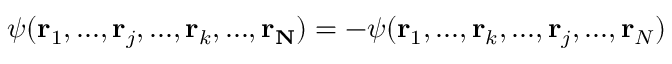
\psi ( \mathbf { r } _ { 1 } , . . . , \mathbf { r } _ { j } , . . . , \mathbf { r } _ { k } , . . . , \mathbf { r _ { N } } ) = - \psi ( \mathbf { r } _ { 1 } , . . . , \mathbf { r } _ { k } , . . . , \mathbf { r } _ { j } , . . . , \mathbf { r } _ { N } )